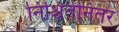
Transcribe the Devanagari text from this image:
निश्चितीनंतर